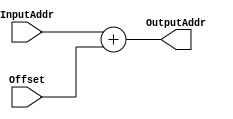
module Adder(
    // Outputs
    output [31:0] OutputAddr,
    // Inputs
    input [31:0] InputAddr,
    input [31:0] Offset
);

    assign OutputAddr = InputAddr + Offset;

endmodule